Report of the Indian Hemp Drugs Commission, 1894-1895 - Volume IV
Year: 1894
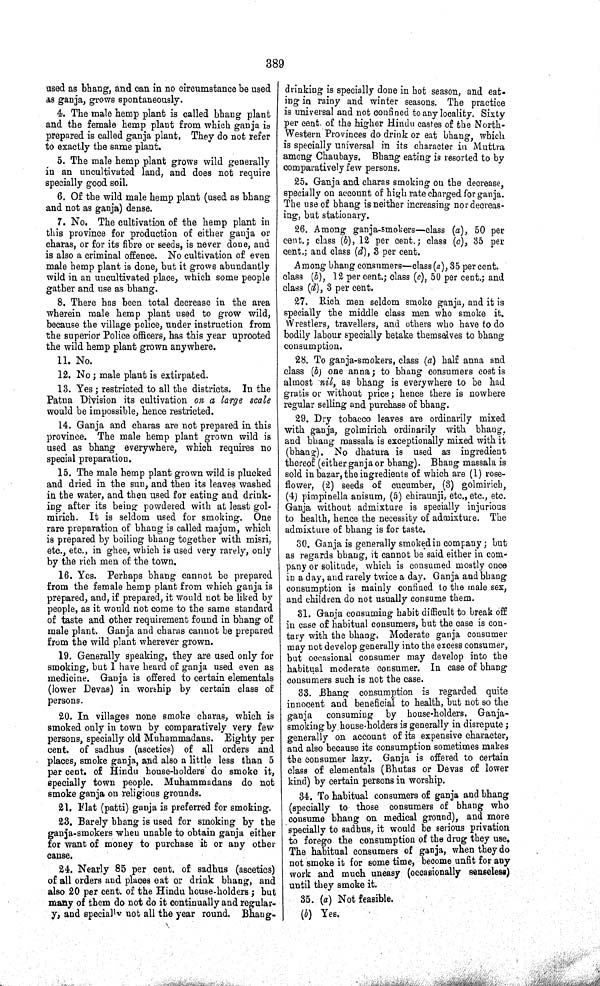
389
used as bhang, and can in no circumstance be used
as ganja, grows spontaneously.
4. The male hemp plant is called bhang plant
and the female hemp plant from which ganja is
prepared is called ganja plant. They do not refer
to exactly the same plant.
5. The male hemp plant grows wild generally
in an uncultivated land, and does not require
specially good soil.
6. Of the wild male hemp plant (used as bhang
and not as ganja) dense.
7. No. The cultivation of the hemp plant in
this province for production of either ganja or
charas, or for its fibre or seeds, is never done, and
is also a criminal offence. No cultivation of even
male hemp plant is done, but it grows abundantly
wild in an uncultivated place, which some people
gather and use as bhang.
8. There has been total decrease in the area
wherein male hemp plant used to grow wild,
because the village police, under instruction from
the superior Police officers, has this year uprooted
the wild hemp plant grown anywhere.
11. No.
12. No; male plant is extirpated.
13. Yes; restricted to all the districts. In the
Patna Division its cultivation on a large scale
would be impossible, hence restricted.
14. Ganja and charas are not prepared in this
province. The male hemp plant grown wild is
used as bhang everywhere, which requires no
special preparation.
15. The male hemp plant grown wild is plucked
and dried in the sun, and then its leaves washed
in the water, and then used for eating and drink-
ing after its being powdered with at least gol-
mirich. It is seldom used for smoking. One
rare preparation of bhang is called majum, which
is prepared by boiling bhang together with misri,
etc., etc., in ghee, which is used very rarely, only
by the rich men of the town.
16. Yes. Perhaps bhang cannot be prepared
from the female hemp plant from which ganja is
prepared, and, if prepared, it would not be liked by
people, as it would not come to the same standard
of taste and other requirement found in bhang of
male plant. Ganja and charas cannot be prepared
from the wild plant wherever grown.
19. Generally speaking, they are used only for
smoking, but I have heard of ganja used even as
medicine. Ganja is offered to certain elementals
(lower Devas) in worship by certain class of
persons.
20. In villages none smoke charas, which is
smoked only in town by comparatively very few
persons, specially old Muhammadans. Eighty per
cent. of sadhus (ascetics) of all orders and
places, smoke ganja, and also a little less than 5
per cent. of Hindu house-holders do smoke it,
specially town people. Muhammadans do not
smoke ganja on religious grounds.
21. Flat (patti) ganja is preferred for smoking.
23. Barely bhang is used for smoking by the
ganja-smokers when unable to obtain ganja either
for want of money to purchase it or any other
cause.
24. Nearly 85 per cent. of sadhus (ascetics)
of all orders and places eat or drink bhang, and
also 20 per cent. of the Hindu house-holders; but
many of them do not do it continually and regular-
y, and specially not all the year round. Bhang-
drinking is specially done in hot season, and eat-
ing in rainy and winter seasons. The practice
is universal and not confined to any locality. Sixty
per cent. of the higher Hindu castes of the North-
Western Provinces do drink or eat bhang, which
is specially universal in its character in Muttra
among Chaubays. Bhang eating is resorted to by
comparatively few persons.
25. Ganja and charas smoking on the decrease,
specially on account of high rate charged for ganja.
The use of bhang is neither increasing nor decreas-
ing, but stationary.
26. Among ganja-smokers—class (a), 50 per
cent.; class (b), 12 per cent.; class (c), 35 per
cent.; and class (d), 3 per cent.
Among bhang consumers—class (a), 35 per cent.
class (b), 12 per cent.; class (c), 50 per cent.; and
class (d), 3 per cent.
27. Rich men seldom smoke ganja, and it is
specially the middle class men who smoke it.
Wrestlers, travellers, and others who have to do
bodily labour specially betake themselves to bhang
consumption.
28. To ganja-smokers, class (a) half anna and
class (b) one anna; to bhang consumers cost is
almost nil, as bhang is everywhere to be had
gratis or without price; hence there is nowhere
regular selling and purchase of bhang.
29. Dry tobacco leaves are ordinarily mixed
with ganja, golmirich ordinarily with bhang,
and bhang massala is exceptionally mixed with it
(bhang). No dhatura is used as ingredient
thereof (either ganja or bhang). Bhang massala is
sold in bazar, the ingredients of which are (1) rose-
flower, (2) seeds of cucumber, (3) golmirich,
(4) pimpinella anisum, (5) chiraunji, etc., etc., etc.
Ganja without admixture is specially injurious
to health, hence the necessity of admixture. The
admixture of bhang is for taste.
30. Ganja is generally smoked in company; but
as regards bhang, it cannot be said either in com-
pany or solitude, which is consumed mostly once
in a day, and rarely twice a day. Ganja and bhang
consumption is mainly confined to the male sex,
and children do not usually consume them.
31. Ganja consuming habit difficult to break off
in case of habitual consumers, but the case is con-
tary with the bhang. Moderate ganja consumer
may not develop generally into the excess consumer,
but occasional consumer may develop into the
habitual moderate consumer. In case of bhang
consumers such is not the case.
33. Bhang consumption is regarded quite
innocent and beneficial to health, but not so the
ganja
consuming by house-holders. Ganja-
smoking by house-holders is generally in disrepute;
generally on account of its expensive character,
and also because its consumption sometimes makes
the consumer lazy. Ganja is offered to certain
class of elementals (Bhutas or Devas of lower
kind) by certain persons in worship.
34. To habitual consumers of ganja and bhang
(specially to those consumers of bhang who
consume bhang on medical ground), and more
specially to sadhus, it would be serious privation
to forego the consumption of the drug they use.
The habitual consumers of ganja, when they do
not smoke it for some time, become unfit for any
work and much uneasy (occasionally senseless)
until they smoke it.
35. (a) Not feasible.
(b) Yes.